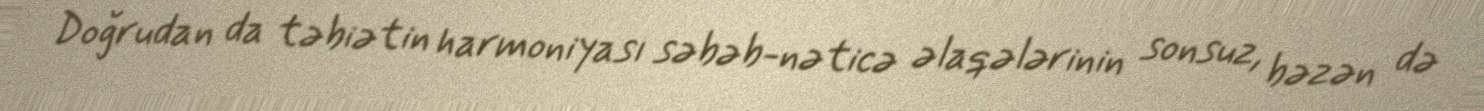
Doğrudan da təbiətin harmoniyası səbəb-nəticə əlaqələrinin sonsuz, bəzən də